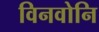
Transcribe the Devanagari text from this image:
विनवोनि